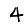
Digit: 4